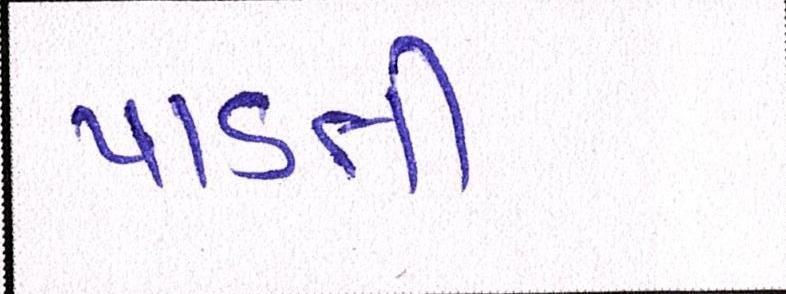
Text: પાડતી